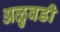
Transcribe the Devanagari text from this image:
अळुवडी